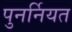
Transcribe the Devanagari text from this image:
पुनर्नियत